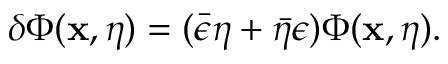
\delta \Phi ( \mathbf { x } , \eta ) = ( \bar { \epsilon } \eta + \bar { \eta } \epsilon ) \Phi ( \mathbf { x } , \eta ) .